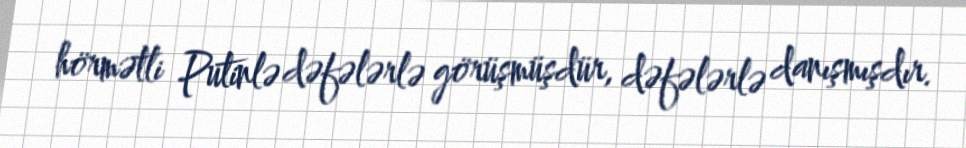
hörmətli Putinlə dəfələrlə görüşmüşdür, dəfələrlə danışmışdır.